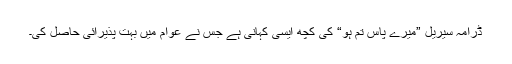
ڈرامہ سیریل ”میرے پاس تم ہو“ کی کچھ ایسی کہانی ہے جس نے عوام میں بہت پذیرائی حاصل کی۔